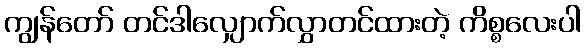
ကျွန်တော် တင်ဒါလျှောက်လွှာတင်ထားတဲ့ ကိစ္စလေးပါ